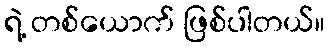
ရဲ့ တစ်ယောက် ဖြစ်ပါတယ်။